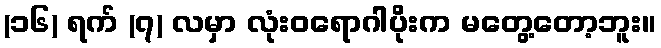
(၁၆) ရက် (၇) လမှာ လုံးဝရောဂါပိုးက မတွေ့တော့ဘူး။